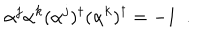
LaTeX: \alpha ^ { j } \alpha ^ { k } ( \alpha ^ { j } ) ^ { \dagger } ( \alpha ^ { k } ) ^ { \dagger } = - 1 ~ ~ .